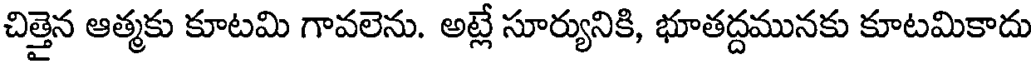
చిత్తైన ఆత్మకు కూటమి గావలెను. అట్లే సూర్యునికి, భూతద్దమునకు కూటమికాదు